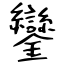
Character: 鑾